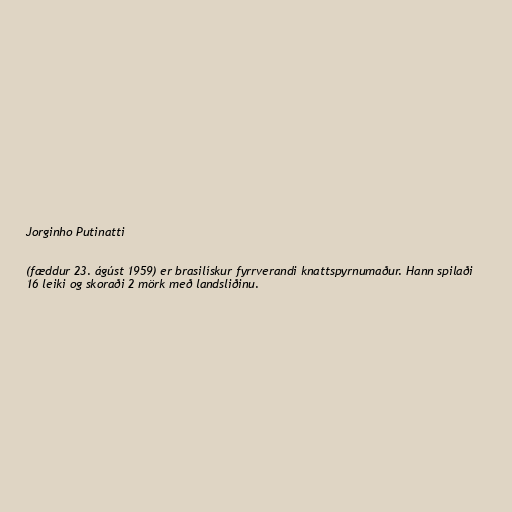
Jorginho Putinatti

(fæddur 23. ágúst 1959) er brasilískur fyrrverandi knattspyrnumaður. Hann spilaði
16 leiki og skoraði 2 mörk með landsliðinu.